Annual report on the working of the lock hospitals in the Central Provinces
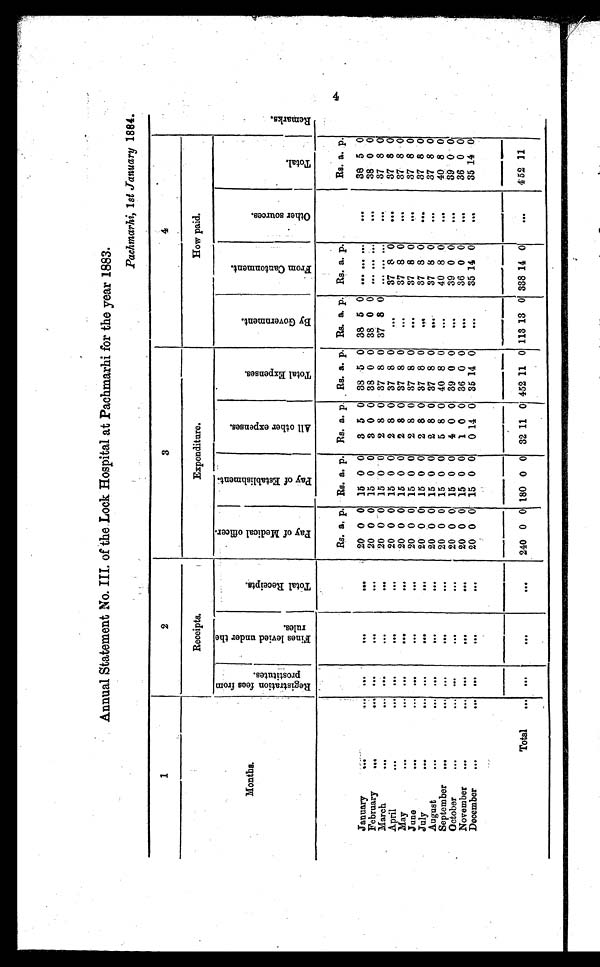
Annual Statement No. III. of the Lock Hospital at Pachmarhi for the year 1883.
Pachmarhi, 1 st January 1884.
1
2
3
4
Months
Receipts.
Expenditure.
How paid.
R e g i s t r a t i o n f e e s f r o m p r o s t i t u t e s .
F i n e s l e v i e d u n d e r t h e r u l e s .
T o t a l R e c e i p t s .
P a y o f M e d i c a l o f f i c e r .
P a y o f E s t a b l i s h m e n t .
A l l o t h e r e x p e n s e s .
T o t a l E x p e n s e s .
B y G o v e r n m e n t .
F r o m C a n t o n m e n t .
O t h e r s o u r c e s .
T o t a l .
Re ma r k s .
Rs a. p. Rs. a. p. Rs. a. p. Rs. a. p. Rs. a. p. Rs. a. p. .
Rs. a. p.
January
... ...
. . .
...
. . .
20 0 0 15 0 0 3 5 0 38 5 0 38 5 0 ... ... ...
. . .
38 5 0
February
...
...
. . .
. . .
. . .
20 0 0 15 0 0 3 0 0 38 0 0 38 0 0 ... ... ...
. . .
38 0 0
March
...
...
. . .
. . .
. . .
20 0 0 15 0 0 2 8 0 37 8 0 37 8 0
. . . . . . ...
. . .
37 8 0
April
....
....
. . . .
...
...
20 0 0 15 0 0 2 8 0 37 8 0
. . . 37 8 0
. . .
37 8 0
May
....
...
. . .
. . .
. . .
20 0 0 15 0 0
2 8 0 37 8 0
. . . 37 8 0
. . .
37 8 0
June
...
... ...
. . .
. . .
20 0 0 15 0 0
2 8 0 37 8 0
. . . 37 8 0
. . .
37 8 0
July ...
...
. . .
. . .
. . .
20 0 0 15 0 0 2 8 0 37 8 0
. . . 37 8 0
. . .
37 8 0
August
...
... ...
...
. . .
20 0 0 15 0 0 2 8 0 37 8 0
. . . 37 8 0
. . .
37 8 0
September ...
... ...
. . .
. . .
20 0 0 15 0 0 5 8 0 40 8 0
...
40 8 0
. . .
40 8 0
October...
...
. . .
. . .
20
0 0 15 0 0 4 0 0 39 0 0
. . . 39 0 0
. . .
39 0 0
November
...
...
. . .
. . .
. . .
20 0 0 15 0 0
1 0 0 36 0 0
. . . 36 0 0
. . .
36 0 0
December
...
...
. . .
. . .
. . .
20 0 0 15 0 0 0 14 0 35 14 0
. . . 35 14 0
. . .
35 14 0
Total
...
...
...
. . .
240 0 0 180 0 0 32 11 0 452 11 0 113 13 0 338 14 0
...
452 11